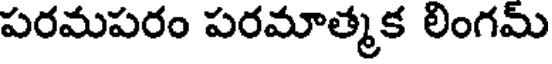
పరమపరం పరమాత్మక లింగమ్